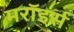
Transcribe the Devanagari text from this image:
मरॉडर्स